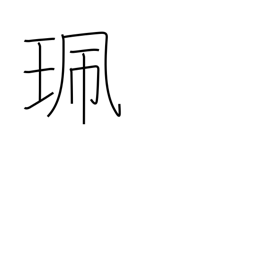
Meaning: bauble